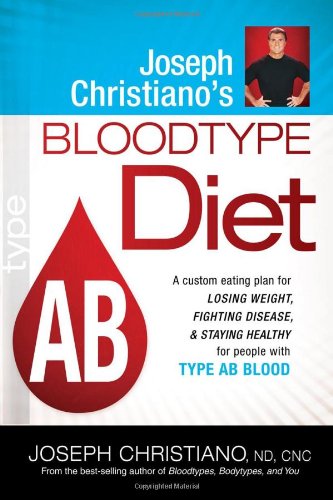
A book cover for Joseph Christiano's Bloodtype Diet AB: A Custom Eating Plan for Losing Weight, Fighting Disease & Staying Healthy for People with Type AB Blood; Joseph Christiano; Health, Fitness & Dieting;